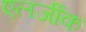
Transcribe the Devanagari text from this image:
एलर्जीक